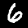
Digit: 6